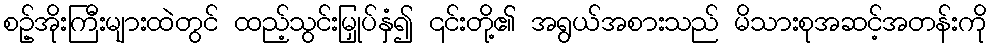
စဥ့်အိုးကြီးများထဲတွင် ထည့်သွင်းမြှုပ်နှံ၍ ၎င်းတို့၏ အရွယ်အစားသည် မိသားစုအဆင့်အတန်းကို